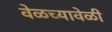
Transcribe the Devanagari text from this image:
वेळच्यावेळी